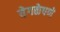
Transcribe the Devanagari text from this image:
वेगळेपणे